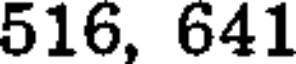
516, 641